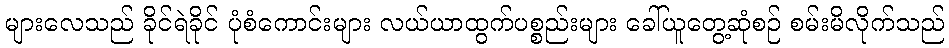
များလေသည် ခိုင်ရဲခိုင် ပုံစံကောင်းများ လယ်ယာထွက်ပစ္စည်းများ ခေါ်ယူတွေ့ဆုံစဉ် စမ်းမိလိုက်သည်